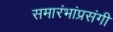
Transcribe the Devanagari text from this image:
समारंभांप्रसंगी